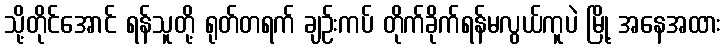
သို့တိုင်အောင် ရန်သူတို့ ရုတ်တရက် ချဉ်းကပ် တိုက်ခိုက်ရန်မလွယ်ကူပဲ မြို့ အနေအထား